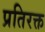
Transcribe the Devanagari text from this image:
प्रतिरक्त